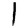
Digit: 1